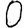
Digit: 0